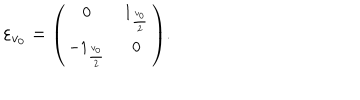
\varepsilon _ { v _ { 0 } } = { \small \left( \begin{array} { c c } { { 0 } } & { { 1 _ { \frac { v _ { 0 } } { 2 } } } } \\ { { - 1 _ { \frac { v _ { 0 } } { 2 } } } } & { { 0 } } \\ \end{array} \right) } .